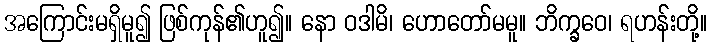
အကြောင်းမရှိမူ၍ ဖြစ်ကုန်၏ဟူ၍။ နော ဝဒါမိ၊ ဟောတော်မမူ။ ဘိက္ခဝေ၊ ရဟန်းတို့။